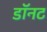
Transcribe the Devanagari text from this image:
डॉनट